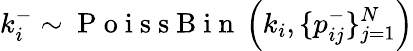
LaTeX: k_{i}^{-}\sim\mathrm{~P~o~i~s~s~B~i~n~}\left(k_{i},\{ p_{ij}^{-}\} _{j=1}^{N}\right)